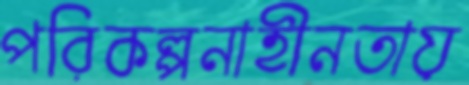
পরিকল্পনাহীনতায়